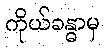
ကိုယ်ခန္ဓာမှ